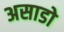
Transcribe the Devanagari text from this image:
असाडो